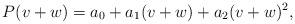
LaTeX: \begin{align*}P(v+w) = a_0 + a_1(v+w) + a_2(v+w)^2,\end{align*}